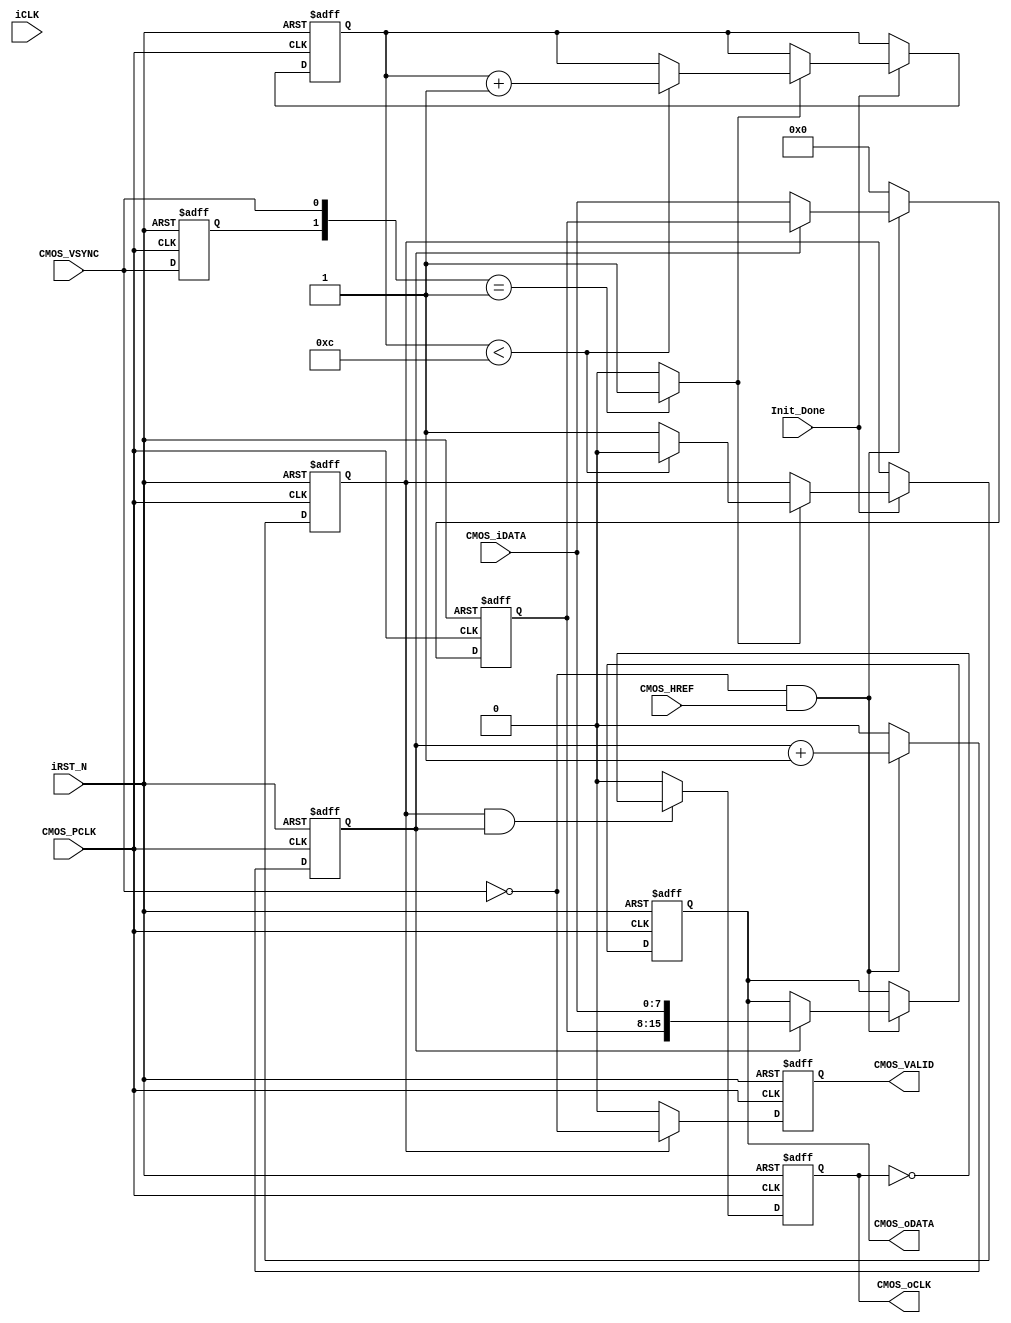
/*-------------------------------------------------------------------------
Description			:		sdram test with uart interface.
Modification History	:
Data			By			Version			Change Description
===========================================================================

--------------------------------------------------------------------------*/

`timescale 1ns/1ns
module CMOS_Capture
(
	//Global Clock
	input				iCLK,			//24MHz
	input				iRST_N,

	//I2C Initilize Done
	input				Init_Done,		//Init Done
	
	//Sensor Interface
	input				CMOS_PCLK,		//24MHz
	input	[7:0]		CMOS_iDATA,		//CMOS Data
	input				CMOS_VSYNC,		//L: Vaild
	input				CMOS_HREF,		//H: Vaild
	
	//Ouput Sensor Data
	output	reg			CMOS_oCLK,		//1/2 PCLK
	output	reg	[15:0]	CMOS_oDATA,		//16Bits RGB		
	output	reg			CMOS_VALID		//Data Enable
);

//----------------------------------------------
reg		mCMOS_VSYNC;
always@(posedge CMOS_PCLK or negedge iRST_N)
begin
	if(!iRST_N)
		mCMOS_VSYNC <= 1;
	else
		mCMOS_VSYNC <= CMOS_VSYNC;		//
end
wire	CMOS_VSYNC_over = ({mCMOS_VSYNC,CMOS_VSYNC} == 2'b01) ? 1'b1 : 1'b0;	//VSYNC

//-----------------------------------------------------
//Change the sensor data from 8 bits to 16 bits.
reg			byte_state;		//byte state count
reg [7:0]  	Pre_CMOS_iDATA;
always@(posedge CMOS_PCLK or negedge iRST_N)
begin
	if(!iRST_N)
		begin
		byte_state <= 0;
		Pre_CMOS_iDATA <= 8'd0;
		CMOS_oDATA <= 16'd0;
		end
	else
		begin
		if(~CMOS_VSYNC & CMOS_HREF)			//{first_byte, second_byte} 
			begin
			byte_state <= byte_state + 1'b1;	//RGB565 = {first_byte, second_byte}
			case(byte_state)
			1'b0 :	Pre_CMOS_iDATA[7:0] <= CMOS_iDATA;
			1'b1 : 	CMOS_oDATA[15:0] <= {Pre_CMOS_iDATA[7:0], CMOS_iDATA[7:0]};
			endcase
			end
		else
			begin
			byte_state <= 0;
			Pre_CMOS_iDATA <= 8'd0;
			CMOS_oDATA <= CMOS_oDATA;
			end
		end
end


//--------------------------------------------
//Wait for Sensor output Data valid 10 Franme
reg	[3:0] 	Frame_Cont;
reg 		Frame_valid;
always@(posedge CMOS_PCLK or negedge iRST_N)
begin
	if(!iRST_N)
		begin
		Frame_Cont <= 0;
		Frame_valid <= 0;
		end
	else if(Init_Done)					//CMOS I2C
		begin
		if(CMOS_VSYNC_over == 1'b1)		//VS1
			begin
			if(Frame_Cont < 12)
				begin
				Frame_Cont	<=	Frame_Cont + 1'b1;
				Frame_valid <= 1'b0;
				end
			else
				begin
				Frame_Cont	<=	Frame_Cont;
				Frame_valid <= 1'b1;		//
				end
			end
		end
end

//-----------------------------------------------------
//CMOS_DATA
always@(posedge CMOS_PCLK or negedge iRST_N)
begin
	if(!iRST_N)
		CMOS_oCLK <= 0;
	else if(Frame_valid == 1'b1 && byte_state)
		CMOS_oCLK <= ~CMOS_oCLK;
	else
		CMOS_oCLK <= 0;
end

//----------------------------------------------------
//CMOS_VALID
always@(posedge CMOS_PCLK or negedge iRST_N)
begin
	if(!iRST_N)
		CMOS_VALID <= 0;
	else if(Frame_valid == 1'b1)
		CMOS_VALID <= ~CMOS_VSYNC;
	else
		CMOS_VALID <= 0;
end


endmodule